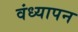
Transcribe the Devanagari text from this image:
वंध्यापन